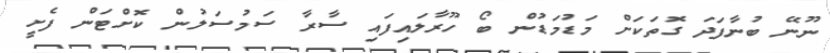
ނޫނޭ ބުނާފަދަ ގޮތަކަށް މަޑުމަޑުން ބޯ ހޫރާލައިފައި ސާރާ ސަމުސަލުން ކޮށްޓަން ފެށީ